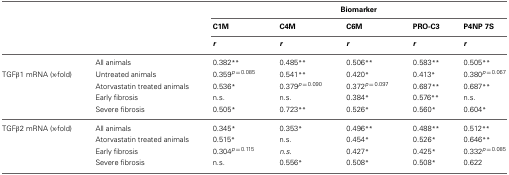
|  |  | <COLSPAN=5> Biomarker |
 |  |  | C1M | C4M | C6M | PRO-C3 | P4NP 7S |
 |  |  | r | r | r | r | r |
 | --- | --- | --- | --- | --- | --- | --- |
 |  | All animals | 0.382** | 0.485** | 0.506** | 0.583** | 0.505** |
 | TGFβ1 mRNA (x-fold) | Untreated animals | 0.359p = 0.085 | 0.541** | 0.420* | 0.413* | 0.380p = 0.067 |
 |  | Atorvastatin treated animals | 0.536* | 0.379p = 0.090 | 0.372p = 0.097 | 0.687** | 0.687** |
 |  | Early fibrosis | n.s. | n.s. | 0.384* | 0.576** | n.s. |
 |  | Severe fibrosis | 0.505* | 0.723** | 0.526* | 0.560* | 0.604* |
 | TGFβ2 mRNA (x-fold) | All animals | 0.345* | 0.353* | 0.496** | 0.488** | 0.512** |
 |  | Atorvastatin treated animals | 0.515* | n.s. | 0.454* | 0.526* | 0.646** |
 |  | Early fibrosis | 0.304p = 0.115 | n.s. | 0.427* | 0.425* | 0.332p = 0.085 |
 |  | Severe fibrosis | n.s. | 0.556* | 0.508* | 0.508* | 0.622 |